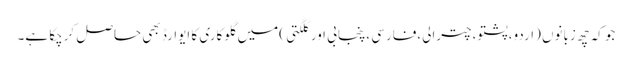
جو کہ چھ زبانوں (اردو،پشتو،چترالی،فارسی ،پنجابی اور گلگتی )میں گلوکاری کا ایوارڈ بھی حاصل کرچکا ہے۔